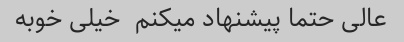
عالی حتما پیشنهاد میکنم  خیلی خوبه